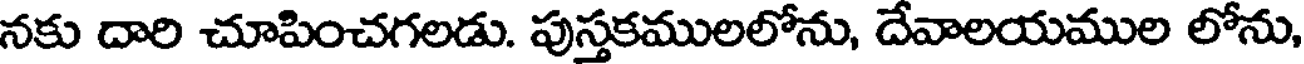
నకు దారి చూపించగలడు. పుస్తకములలోను, దేవాలయముల లోను,